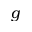
g